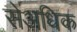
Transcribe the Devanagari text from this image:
सेअधिक